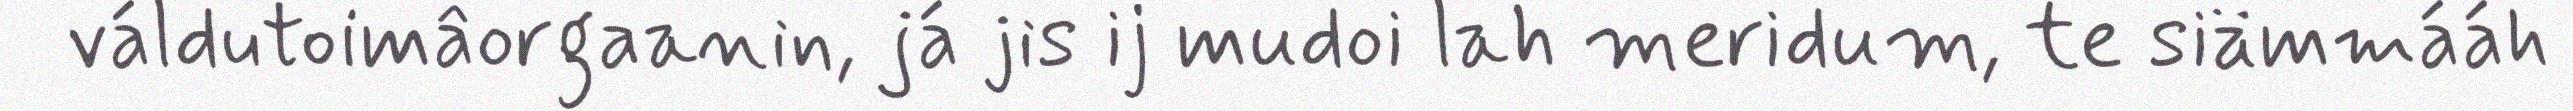
váldutoimâorgaanin, já jis ij mudoi lah meridum, te siämmááh